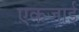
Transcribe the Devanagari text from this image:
एकजाई